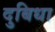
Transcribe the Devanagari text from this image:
दुबिधा